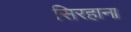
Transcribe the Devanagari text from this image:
सिरहाना